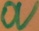
Text: 0V